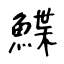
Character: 鰈